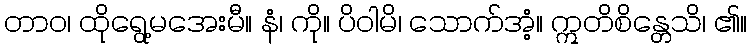
တာဝ၊ ထိုရွေ့မအေးမီ။ နံ၊ ကို။ ပိဝါမိ၊ သောက်အံ့။ ဣတိစိန္တေသိ၊ ၏။